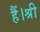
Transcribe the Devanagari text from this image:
हैं।श्री